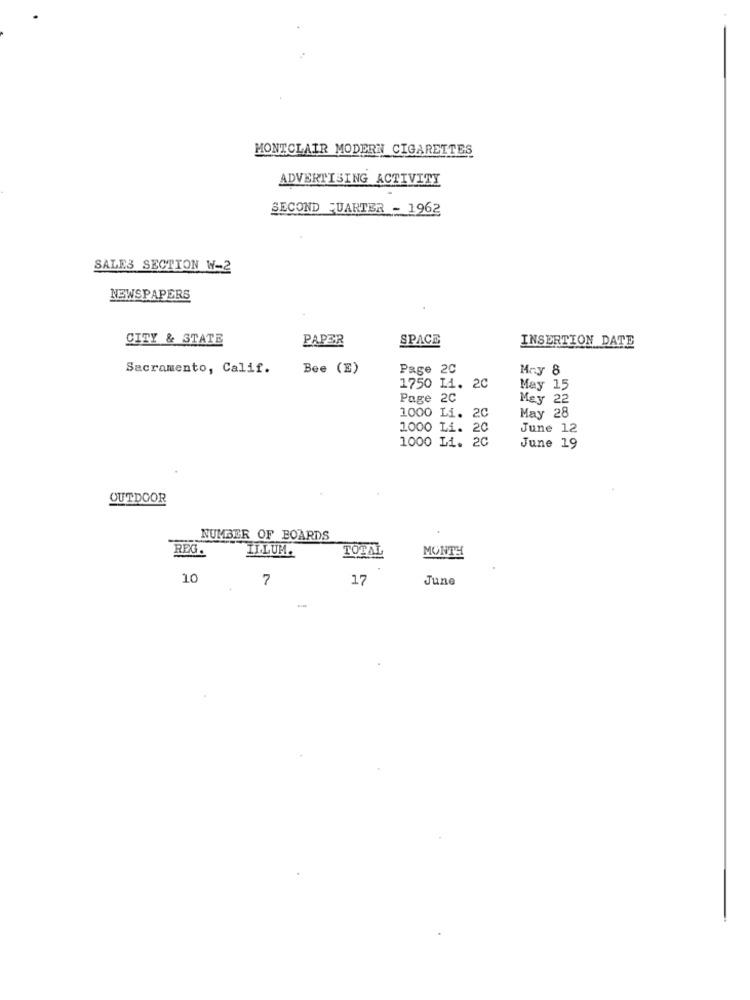
MONTCLAIR MODERN CIGARETTES
ADVERTISING ACTIVITY
SECOND QUARTER - 1962
SALES SECTION W-2
NEWSPAPERS
CITY & STATE
PAPER
SPACE
INSERTION DATE
Sacramento, Calif.
Bee (E)
Page 2C
Hry 8
1750 Li. 20
y 15
Page 2C
May 2
May 28
1000 Li. 20
1000 Li. 20
June 12
1000 Li. 20
June 19
OUTDOOR
NUMBER OF BOARDS
REG.
ILLUM.
TOTAL
MONTH
10
7
17
June